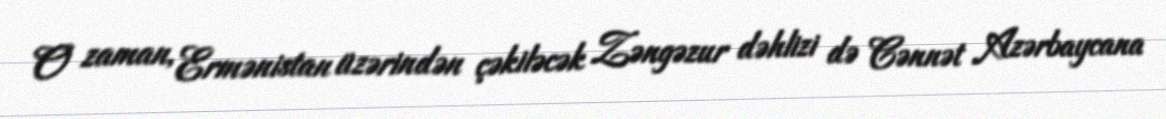
O zaman, Ermənistan üzərindən çəkiləcək Zəngəzur dəhlizi də Cənnət Azərbaycana